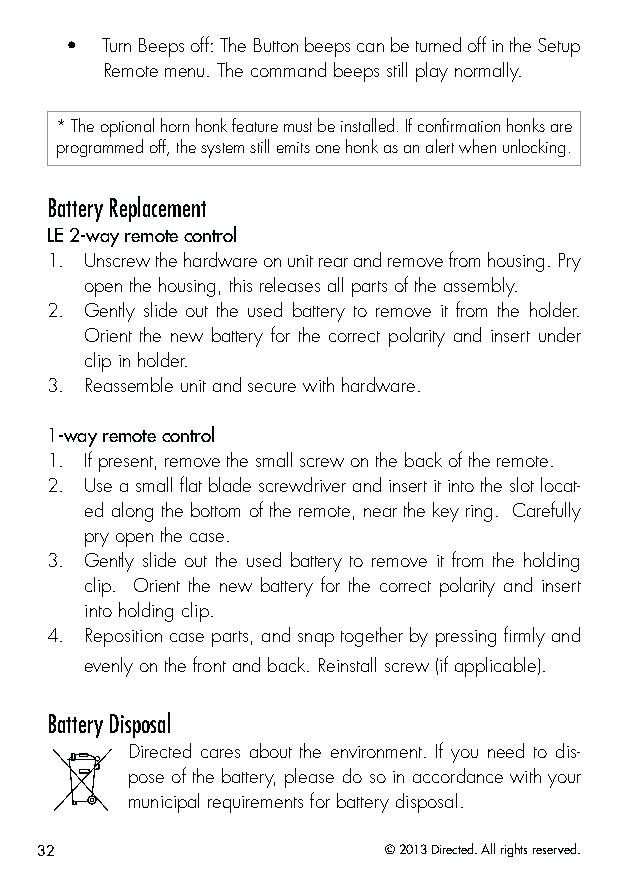
•  Turn Beeps off: The Button beeps can be turned off in the Setup
 Remote menu. The command beeps still play normally.
 * The optional horn honk feature must be installed. If confirmation honks are
 programmed off, the system still emits one honk as an alert when unlocking.
 Battery Replacement
 LE 2-way remote control
 1. Unscrew the hardware on unit rear and remove from housing. Pry
 open the housing, this releases all parts of the assembly.
 2. Gently slide out the used battery to remove it from the holder.
 Orient the new battery for the correct polarity and insert under
 clip in holder.
 3. Reassemble unit and secure with hardware.
 1-way remote control
 1. If present, remove the small screw on the back of the remote.
 2. Use a small flat blade screwdriver and insert it into the slot locat-
 ed along the bottom of the remote, near the key ring. Carefully
 pry open the case.
 3. Gently slide out the used battery to remove it from the holding
 clip. Orient the new battery for the correct polarity and insert
 into holding clip.
 4. Reposition case parts, and snap together by pressing firmly and
 evenly on the front and back. Reinstall screw (if applicable).
 Battery Disposal
 Directed cares about the environment. If you need to dis-
 pose of the battery, please do so in accordance with your
 municipal requirements for battery disposal.
 32                     © 2013 Directed. All rights reserved.